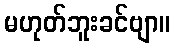
မဟုတ်ဘူးခင်ဗျာ။